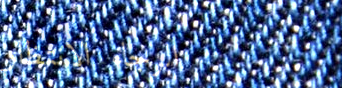
الرجاء الانتظار